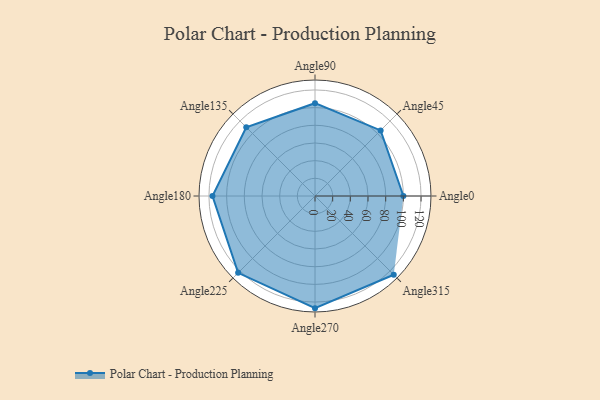
{"axis": {"x": "Angle", "y": "Radius"}, "legend": [""], "data": [{"x": "Angle0", "y": 100.0, "type": ""}, {"x": "Angle45", "y": 105.0, "type": ""}, {"x": "Angle90", "y": 105.0, "type": ""}, {"x": "Angle135", "y": 110.0, "type": ""}, {"x": "Angle180", "y": 116.0, "type": ""}, {"x": "Angle225", "y": 123.0, "type": ""}, {"x": "Angle270", "y": 127.0, "type": ""}, {"x": "Angle315", "y": 126.0, "type": ""}]}